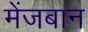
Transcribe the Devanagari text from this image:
मेंजबान